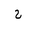
Letter: _ha